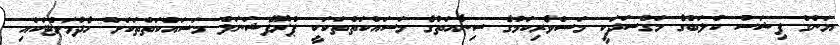
ޔަންގް ފިޝަސް ކްލަބްގެ މަގްސަދަކީ މަސްވެރިކަމުގެ ސިނާއަތުގެ މަސައްކަތްތަކަކީ ޕްރޮފެޝަނަލް މަސައްކަތްތަކަށް ހެދުމަށްޓަކައި